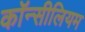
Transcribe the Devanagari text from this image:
कॉन्सीलियम